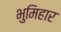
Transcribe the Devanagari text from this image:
भुमिहार